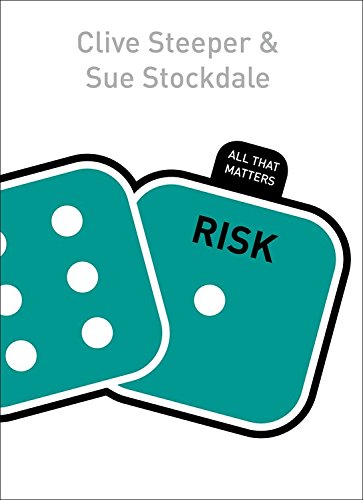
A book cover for Risk: All That Matters (Teach Yourself, All That Matters); Sue Stockdale; Business & Money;